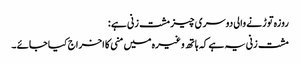
روزہ توڑنے والی دوسری چیز مشت زنی ہے :
مشت زنی یہ ہے کہ ہاتھ وغیرہ میں منی کا اخراج کیا جائے ۔